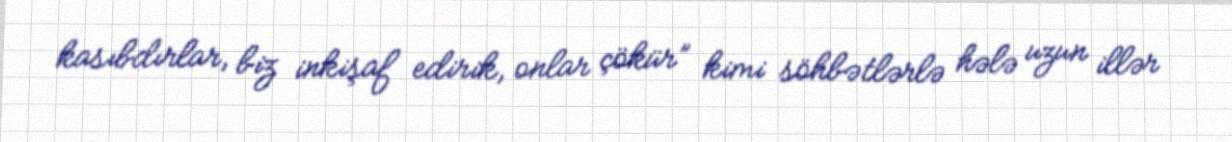
kasıbdırlar, biz inkişaf edirik, onlar çökür” kimi söhbətlərlə hələ uzun illər